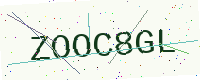
Text: ZOOC8GL